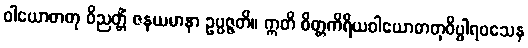
ဝါယောဓာတု ဝိညတ္တိံ ဇနယမာနာ ဥပ္ပဇ္ဇတိ။ ဣတိ စိတ္တကိရိယဝါယောဓာတုဝိပ္ဖါရဝသေန